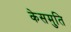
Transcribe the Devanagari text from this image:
केसमुति